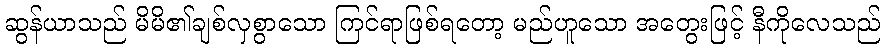
ဆွန်ယာသည် မိမိ၏ချစ်လှစွာသော ကြင်ရာဖြစ်ရတော့ မည်ဟူသော အတွေးဖြင့် နီကိုလေသည်